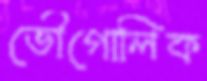
ভৌগোলিক